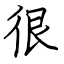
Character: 很